Report of the Indian Hemp Drugs Commission, 1894-1895 - Volume VII
Year: 1894
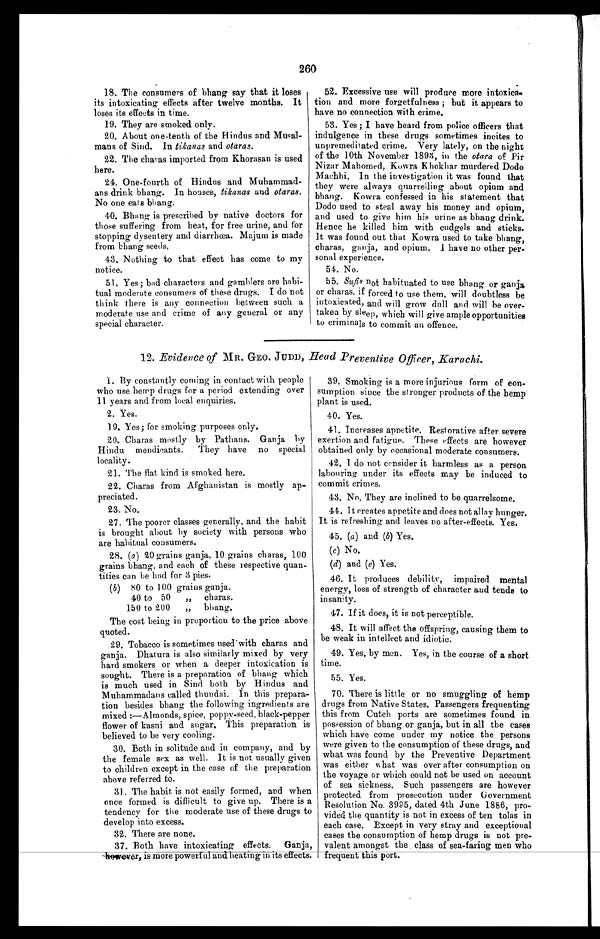
260
18. The consumers of bhang say that it loses
its intoxicating effects after twelve months. It
loses its effects in time.
19. They are smoked only.
20. About one-tenth of the Hindus and Musal-
mans of Sind. In tikanas and otaras.
22. The charas imported from Khorasan is used
here.
24. One-fourth of Hindus and Muhammad-
ans drink bhang. In houses, tikanas and otaras.
No one eats bhang.
40. Bhang is prescribed by native doctors for
those suffering from heat, for free urine, and for
stopping dysentery and diarrhœa. Majum is made
from bhang seeds.
43. Nothing to that effect has come to my
notice.
51. Yes; bad characters and gamblers are habi-
tual moderate consumers of these drugs. I do not
think there is any connection between such a
moderate use and crime of any general or any
special character.
52. Excessive use will produce more intoxica-
tion and more forgetfulness; but it appears to
have no connection with crime.
53. Yes; I have heard from police officers that
indulgence in these drugs sometimes incites to
unpremeditated crime. Very lately, on the night
of the 10th November l893, in the otara of Pir
Nizar Mahomed, Kowra Khokhar murdered Dodo
Machhi. In the investigation it was found that
they were always quarrelling about opium and
bhang. Kowra confessed in his statement that
Dodo used to steal away his money and opium,
and used to give him his urine as bhang drink.
Hence he killed him with cudgels and' sticks.
It was found out that Kowra used to take bhang,
charas, ganja, and opium. I have no other per
-sonal experience.
54. No.
55. Sufis not habituated to use bhang or ganja
or charas, if forced to use them, will doubtless be
i n t o x i c a t e d , a n d w i l l g r o w d u l l a n d w i l l b e o v e r - t a k e n b y s l e e p , w h i c h w i l lg
i v e
a m p l e o p p o r t u n i t i e s
to criminals to commit an offence.
12. Evidence of MR. GEO. JUDD, Head Preventive Officer, Karachi.
1. By constantly coming in contact with people
who use hemp drugs for a period extending over
11 years and from local enquiries.
2. Yes.
19. Yes; for smoking purposes only.
20. Charas mostly by Pathans. Ganja by
Hindu mendicants. They have no special
locality.
21. The flat kind is smoked here.
22. Charas from Afghanistan is mostly ap-
preciated.
23. No.
27. The poorer classes generally, and the habit
is brought about by society with persons who
are habitual consumers.
28. ( a ) 20 grains ganja, 10 grains charas, 100
grains bhang, and each of these respective quan-
- t i t i e s c a n b e h a d f o r 3 p i e s .
( b ) 80 to 100 grains ganja.
40 to 50
„ charas.
150 to 200
„ bhang.
The cost being in proportion to the price above
quoted.
29. Tobacco is sometimes used with charas and
ganja. Dhatura is also similarly mixed by very
hard smokers or when a deeper intoxication is
sought. There is a preparation of bhang which
is much used in Sind both by Hindus and
Muhammadans called thundai. In this prepara-
tion besides bhang the following ingredients are
mixed:—Almonds, spice, poppy-seed, black-pepper
flower of kasni and sugar. This preparation is
believed to be very cooling.
30. Both in solitude and in company, and by
the female sex as well. It is not usually given
to children except in the case of the preparation
above referred to.
31. The habit is not easily formed, and when
once formed is difficult to give up. There is a
tendency for the moderate use of these drugs to
develop into excess.
32. There are none.
37. Both have intoxicating effects. Ganja,
however, is more powerful and heating in its effects.
39. Smoking is a more injurious form of con-
sumption since the stronger products of the hemp
plant is used.
40. Yes.
41. Increases appetite. Restorative after severe
exertion and fatigue. These effects are however
obtained only by occasional moderate consumers.
42. I do not consider it harmless as a person
labouring under its effects may be induced to
commit crimes.
43. No. They are inclined to be quarrelsome.
44. It creates appetite and does not allay hunger.
It is refreshing and leaves no after-effects. Yes.
45. (a ) and (b) Yes.
(c) N o .
(d) and ( e) Yes.
46. It produces debility, impaired mental
energy, loss of strength of character and tends to
insanity.
47. If it does, it is not perceptible.
48. It will affect the offspring, causing them to
be weak in intellect and idiotic.
49. Yes, by men. Yes, in the course of a short
time.
55. Yes.
70. There is little or no smuggling of hemp
drugs from Native States. Passengers frequenting
this from Cutch ports are sometimes found in
possession of bhang or ganja, but in all the cases
which have come under my notice the persons
were given to the consumption of these drugs, and
what was found by the Preventive Department
was either what was over after consumption on
the voyage or which could not be used on account
of sea sickness. Such passengers are however
protected from prosecution under Government
Resolution No. 3995, dated 4th June 1886, pro-
vided the quantity is not in excess of ten tolas in
each case. Except in very stray and exceptional
cases the consumption of hemp drugs is not pre-
valent amongst the class of sea-faring men who
frequent this port.